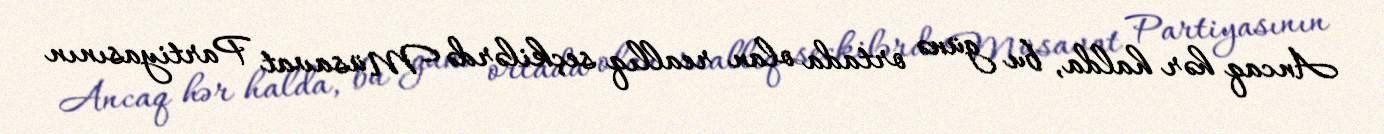
Ancaq hər halda, bu günə ortada olan reallıq seçkilərdə Müsavat Partiyasının